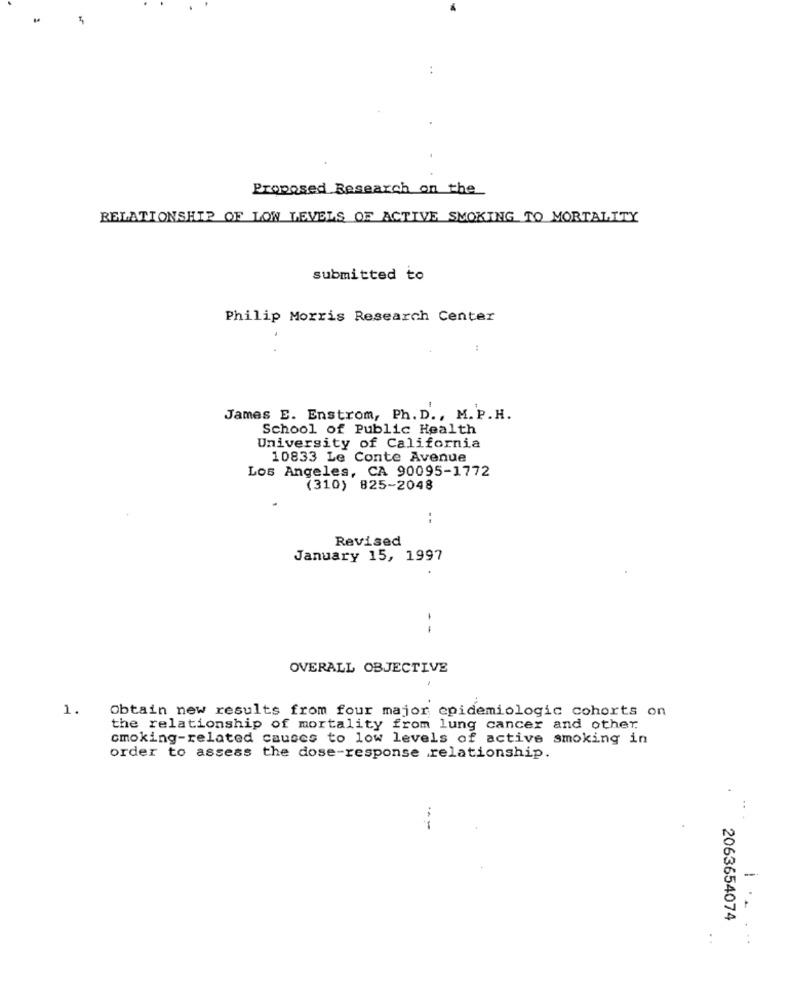
Proposed Research on the
RELATIONSHIP OF LOW LEVELS OF ACTIVE SMOKING TO MORTALITY
submitted to
Philip Morris Research Center
James E. Enstrom, Ph. D ., M. P.H.
School of Public Health
University of California
10833 Le Conte Avenue
Los Angeles, CA 90095-1772
(310) 825-2048
Revised
January 15, 1997
--
OVERALL OBJECTIVE
-1.
1.
Obtain new results from four major epidemiologic cohorts on
the relationship of mortality from lung cancer and other.
cmoking-related causes to low levels of active smoking in
order to assess the dose-response relationship.
-
1 ..
2063654074
.. .
..